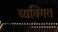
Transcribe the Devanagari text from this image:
व्यक्गित